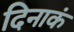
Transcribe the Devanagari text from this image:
दिनाकं